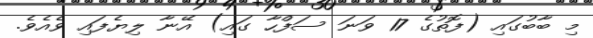
މި ބާބުގައި (ފޮތުގެ 17 ވަނަ ސަފްހާ ގައި) އޭނާ ލިޔެފައި ވެއެވެ.